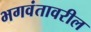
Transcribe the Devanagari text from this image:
भगवंतावरील